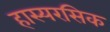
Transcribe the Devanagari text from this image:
हास्यरसिक